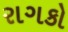
રાગકો